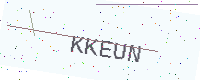
Text: KKEUN